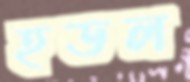
হডল